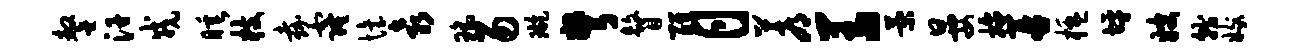
鏊汗戎睡枝嘉窿怡袁瑶易璇弩瞽醒月蓐羞菊晏拖再楹坪嫂就嫁